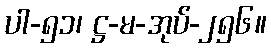
ပါ-၅၁၊ ဋ္ဌ-မ-အုပ်-၂၅၆။